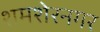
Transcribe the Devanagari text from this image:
शमशेरनगर